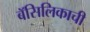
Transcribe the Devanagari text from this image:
बॅसिलिकाची